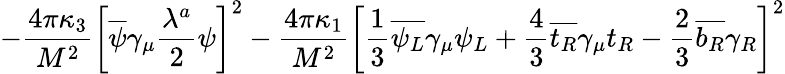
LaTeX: -{\frac{4\pi\kappa_{3}}{M^{2}}}\left[\overline{{{\psi}}}\gamma_{\mu}{\frac{\lambda^{a}}{2}}\psi\right]^{2}-{\frac{4\pi\kappa_{1}}{M^{2}}}\left[{\frac{1}{3}}\overline{{{\psi_{L}}}}\gamma_{\mu}\psi_{L}+{\frac{4}{3}}\overline{{{t_{R}}}}\gamma_{\mu}t_{R}-{\frac{2}{3}}\overline{{{b_{R}}}}\gamma_{R}\right]^{2}